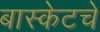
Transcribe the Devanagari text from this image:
बास्केटचे